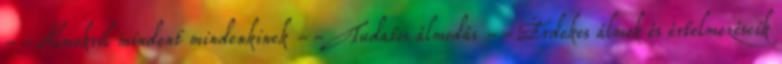
--Álmokról mindent mindenkinek --Tudatos álmodás --Érdekes álmok és értelmezéseik